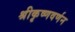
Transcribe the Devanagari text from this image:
श्रीकृष्णवर्णन